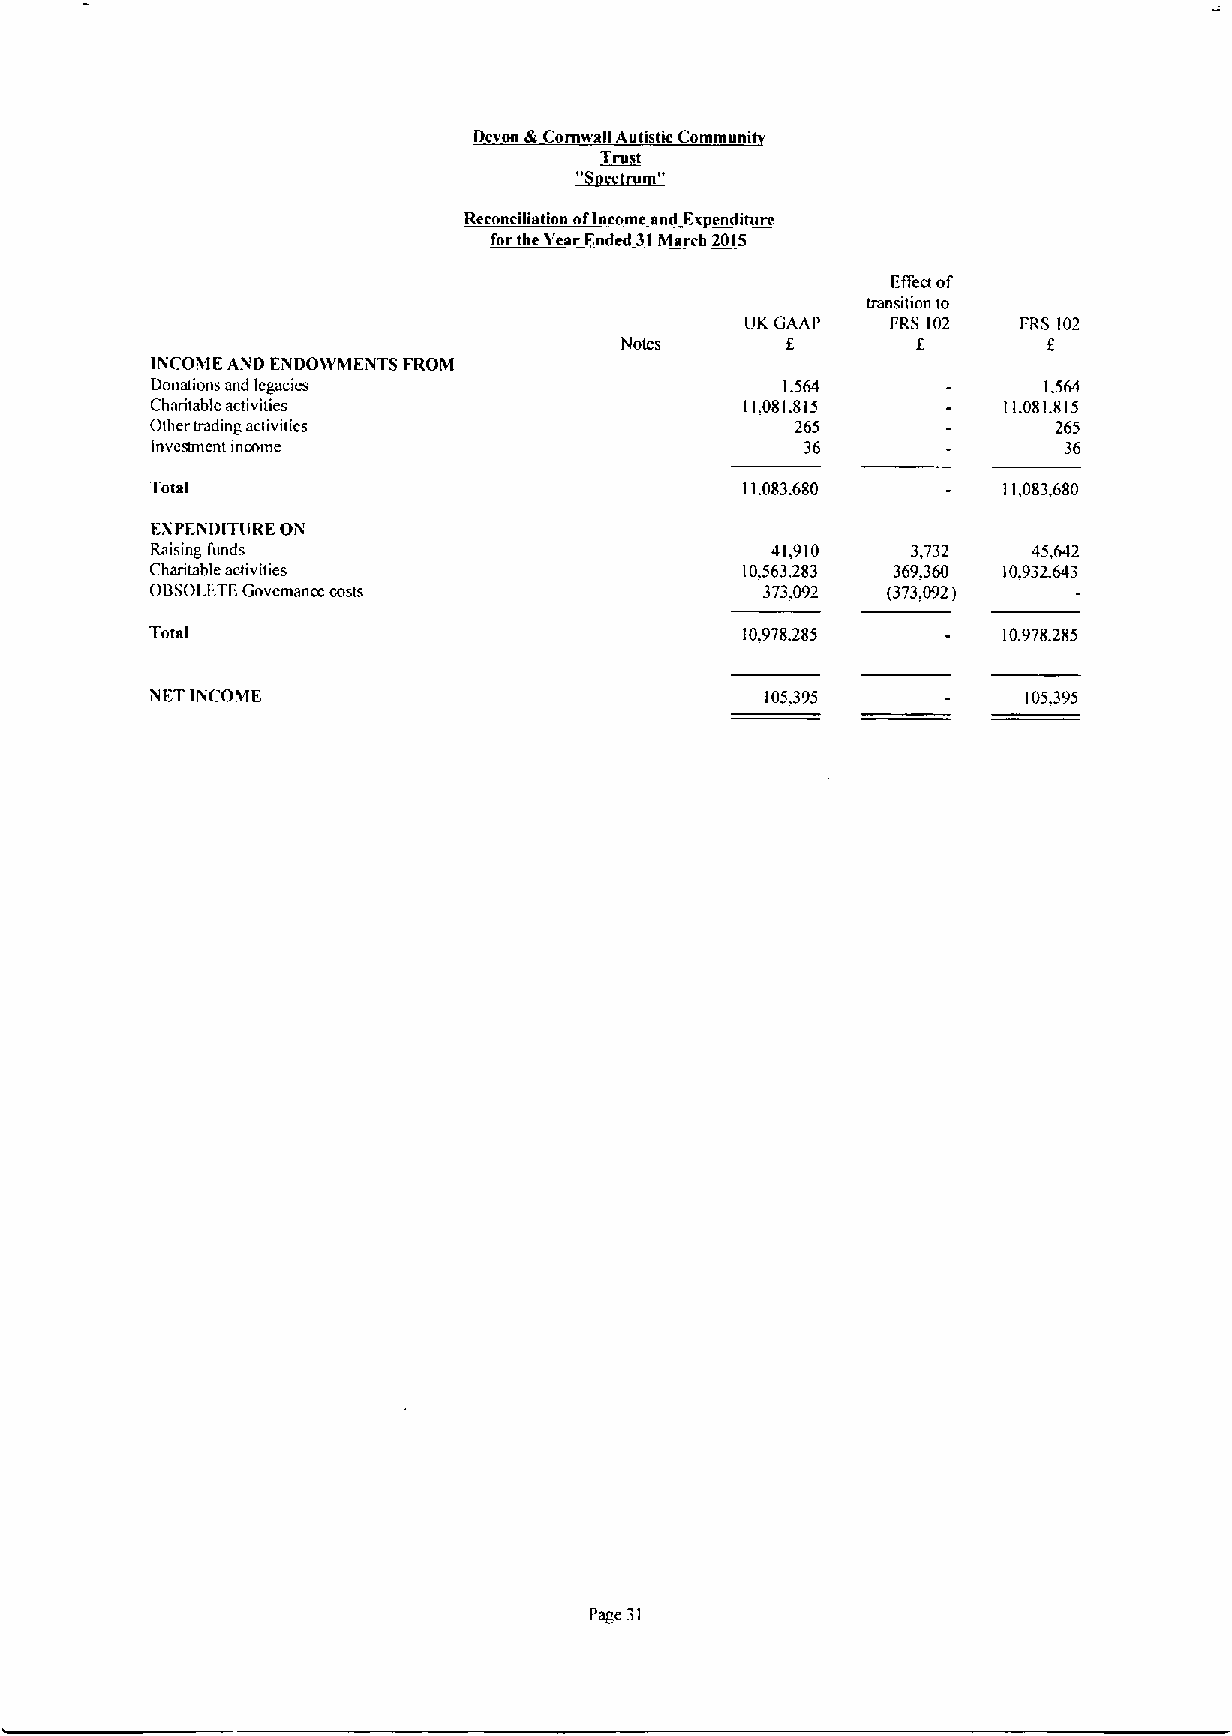
Devon dh Cornvuall Autistic Communi
 Trust
 ~S
 Reconciliation ofincome and Ex enditurc
 forthe Tear nded 31March 2015
 Eifem of
 transiiion to
 LKGAAP    FRS 102  FRS 102
 Notes      8        E       f
 IIVCONIE AND ENDOSVMENTS FROM
 Donations and Icgacics                    1.564            1.564
 Charitable activities                  11,081.815       11.081.815
 Other trading activuics                    265              265
 Investmcnt mcome                           36               36
 Total                                  11.083.680       I1,083,680
 ENPEND ITIIREON
 Raising funds                            41,910   3,732   45,642
 Charitable atxivities                  10.563.283 369.360 10.932.643
 OBSOLLTEGovcmanm costs                  373,092  (373.092)
 Total                                  10.978.285       10,978,285
 NET INCOME                               105.395          105.395
 Page 31